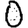
Digit: 0